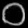
Digit: ၀